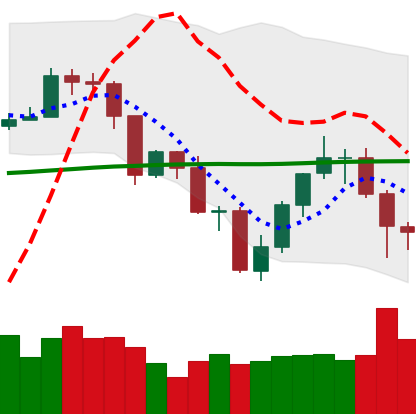
Ticker: TRX-USD
Chart end date: 2019-07-24
Forward return: -7.828%
Label: down_7plus